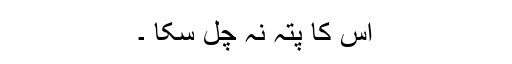
اس کا پتہ نہ چل سکا ۔